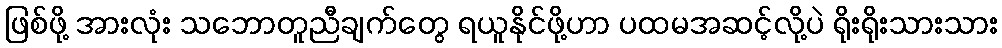
ဖြစ်ဖို့ အားလုံး သဘောတူညီချက်တွေ ရယူနိုင်ဖို့ဟာ ပထမအဆင့်လို့ပဲ ရိုးရိုးသားသား